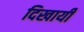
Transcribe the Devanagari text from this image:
दिखायीं